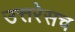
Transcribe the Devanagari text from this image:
उत्तरेसच